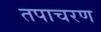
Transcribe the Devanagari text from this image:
तपाचरण